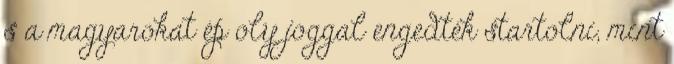
s a magyarokat ép oly joggal engedték startolni, mint